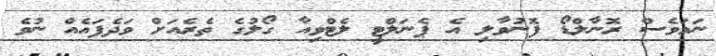
ނަމަވެސް ރޮނާލްޑޯ ފޮނުވާލި އެ ޕެނަލްޓީ ލެޓްވިއާ ގޯލުގެ ތެރެއަށް ވަދެފައެއް ނުވެ